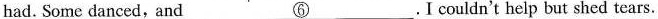
had. Some danced,and \underline{⑥}.Icouldn't help but shed tears.